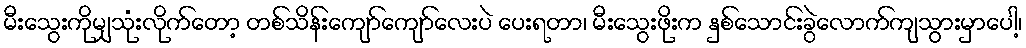
မီးသွေးကိုမျှသုံးလိုက်တော့ တစ်သိန်းကျော်ကျော်လေးပဲ ပေးရတာ၊ မီးသွေးဖိုးက နှစ်သောင်းခွဲလောက်ကျသွားမှာပေါ့၊